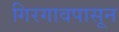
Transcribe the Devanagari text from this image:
गिरगावपासून